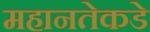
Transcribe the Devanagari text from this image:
महानतेकडे